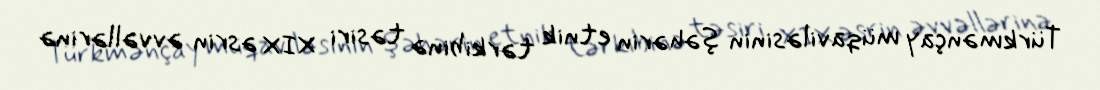
Türkmənçay müqaviləsinin şəhərin etnik tərkibinə təsiri XIX əsrin əvvəllərinə